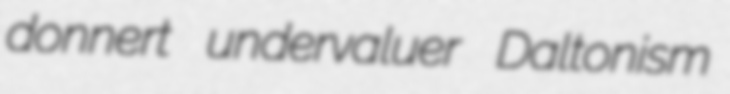
donnert undervaluer Daltonism